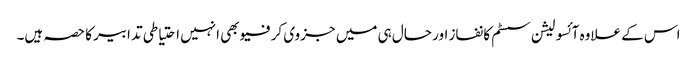
اس کے علاوہ آئسولیشن سسٹم کا نفاز اور حال ہی میں جزوی کرفیو بھی انہیں احتیاطی تدابیر کا حصہ ہیں۔